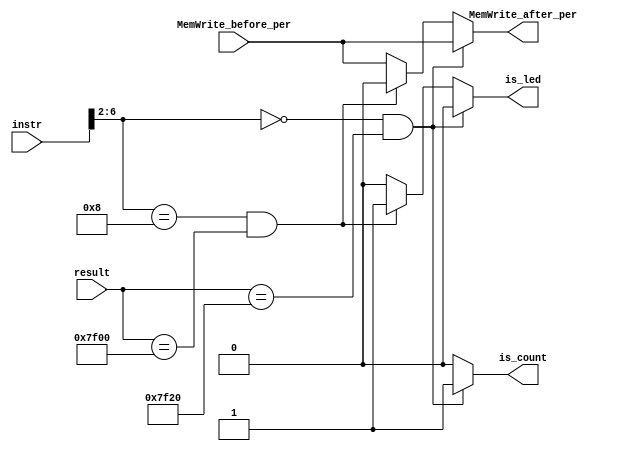
`timescale 1ns / 1ps
//////////////////////////////////////////////////////////////////////////////////
// Company: 
// Engineer: 
// 
// Design Name: 
// Module Name: is_peripheral
// Project Name: 
// Target Devices: 
// Tool Versions: 
// Description: 
// 
// Dependencies: 
// 
// Revision:
// Revision 0.01 - File Created
// Additional Comments:
// 
//////////////////////////////////////////////////////////////////////////////////


module is_peripheral(
    input [31: 0]result,
    input MemWrite_before_per,
    input [31: 0]instr,
    output reg MemWrite_after_per,
    output reg is_count,
    output reg is_led
    );
    always @(*) begin
        is_count = 0;
        is_led = 0;
        MemWrite_after_per = MemWrite_before_per;
        if(instr[6: 2] == 5'b0_0000 && result == 32'h0000_7f20) begin   // lw 0x7f20
            is_count = 1;
        end
        else if(instr[6: 2] == 5'b0_1000 && result == 32'h0000_7f00) begin   // sw 0x7f00Led
            is_led = 1;                //led
            MemWrite_after_per = 0;
        end
    end
endmodule